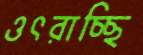
ওৎরাচ্ছি